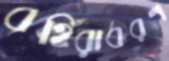
বহিরাবরণ